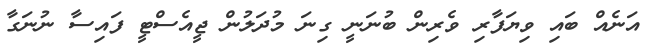
އަނެއް ބައި ވިޔަފާރި ވެރިން ބުނަނީ ގިނަ މުދަލުން ޖީއެސްޓީ ފައިސާ ނުނަގާ